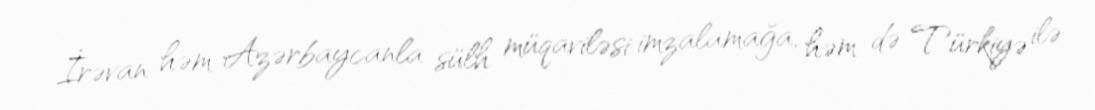
İrəvan həm Azərbaycanla sülh müqaviləsi imzalamağa, həm də Türkiyə ilə